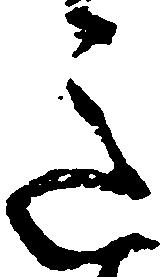
意